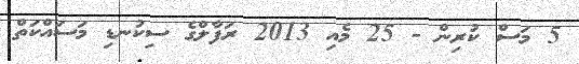
5 މަސް ކުރިން - 25 މެއި 2013 ރަފާލްގެ ސިކުނޑި މަސައްކަތް